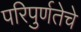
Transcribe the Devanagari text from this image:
परिपुर्णतेचे